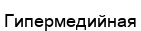
Гипермедийная